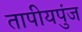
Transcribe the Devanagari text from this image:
तापीयपुंज